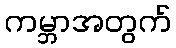
ကမ္ဘာအတွက်